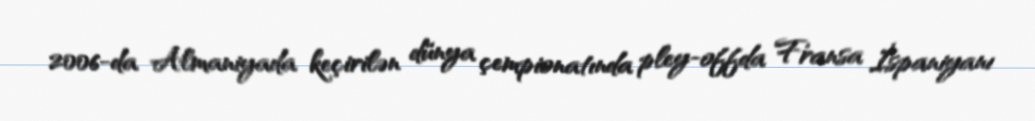
2006-da Almaniyada keçirilən dünya çempionatında pley-offda Fransa İspaniyanı